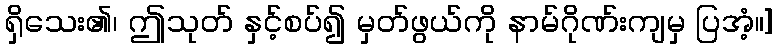
ရှိသေး၏၊ ဤသုတ် နှင့်စပ်၍ မှတ်ဖွယ်ကို နာမ်ဂိုဏ်းကျမှ ပြအံ့။]